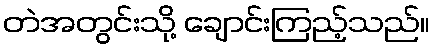
တဲအတွင်းသို့ ချောင်းကြည့်သည်။